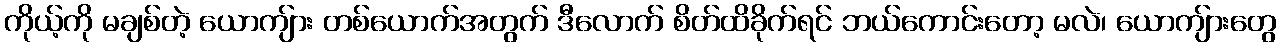
ကိုယ့်ကို မချစ်တဲ့ ယောကျ်ား တစ်ယောက်အတွက် ဒီလောက် စိတ်ထိခိုက်ရင် ဘယ်ကောင်းတော့ မလဲ၊ ယောကျ်ားတွေ